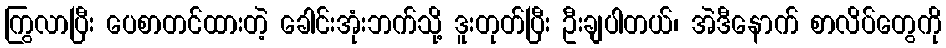
ကြွလာပြီး ပေစာတင်ထားတဲ့ ခေါင်းအုံးဘက်သို့ ဒူးတုတ်ပြီး ဦးချပါတယ်၊ အဲဒီနောက် စာလိပ်တွေကို